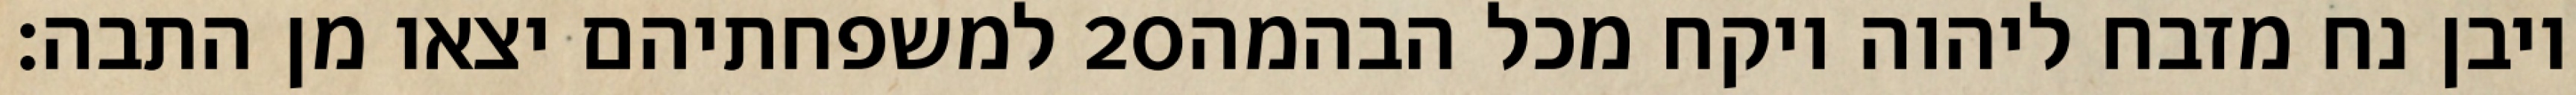
למשפחתיהם יצאו מן התבה׃ ‎20‏ ויבן נח מזבח ליהוה ויקח מכל הבהמה